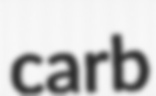
carb